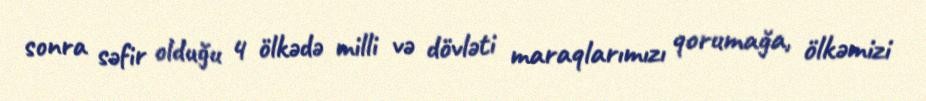
sonra səfir olduğu 4 ölkədə milli və dövləti maraqlarımızı qorumağa, ölkəmizi